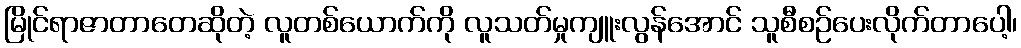
မြိုင်ရာဇာတာတေဆိုတဲ့ လူတစ်ယောက်ကို လူသတ်မှုကျူးလွန်အောင် သူစီစဉ်ပေးလိုက်တာပေါ့၊